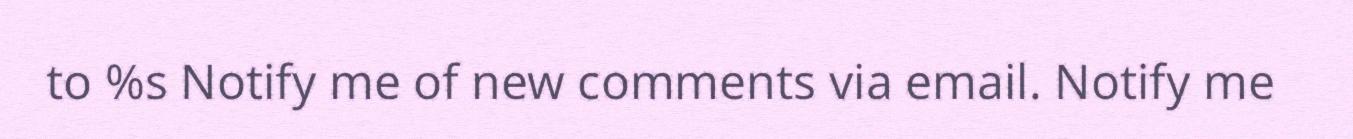
to %s Notify me of new comments via email. Notify me